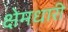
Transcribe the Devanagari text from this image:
क्षेमधारी